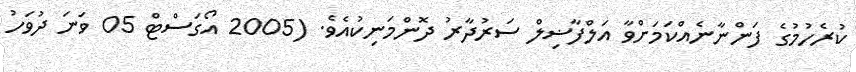
ކުރެހުމުގެ ފަންނާނެއްކަމަށްވާ އަލްފާޟިލް ސަރުދާރު ދޮންމަނިކުއެވެ. (2005 އޯގަސްޓް 05 ވަނަ ދުވަހު